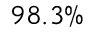
9 8 . 3 \%